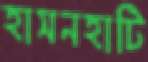
হাসনহাটি